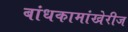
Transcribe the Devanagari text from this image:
बांधकामांखेरीज